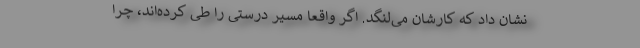
نشان داد که کارشان می‌لنگد. اگر واقعا مسیر درستی را طی کرده‌اند، چرا